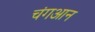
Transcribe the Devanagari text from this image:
चंगआन